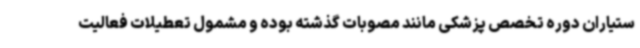
ستیاران دوره تخصص پزشکی مانند مصوبات گذشته بوده و مشمول تعطیلات فعالیت